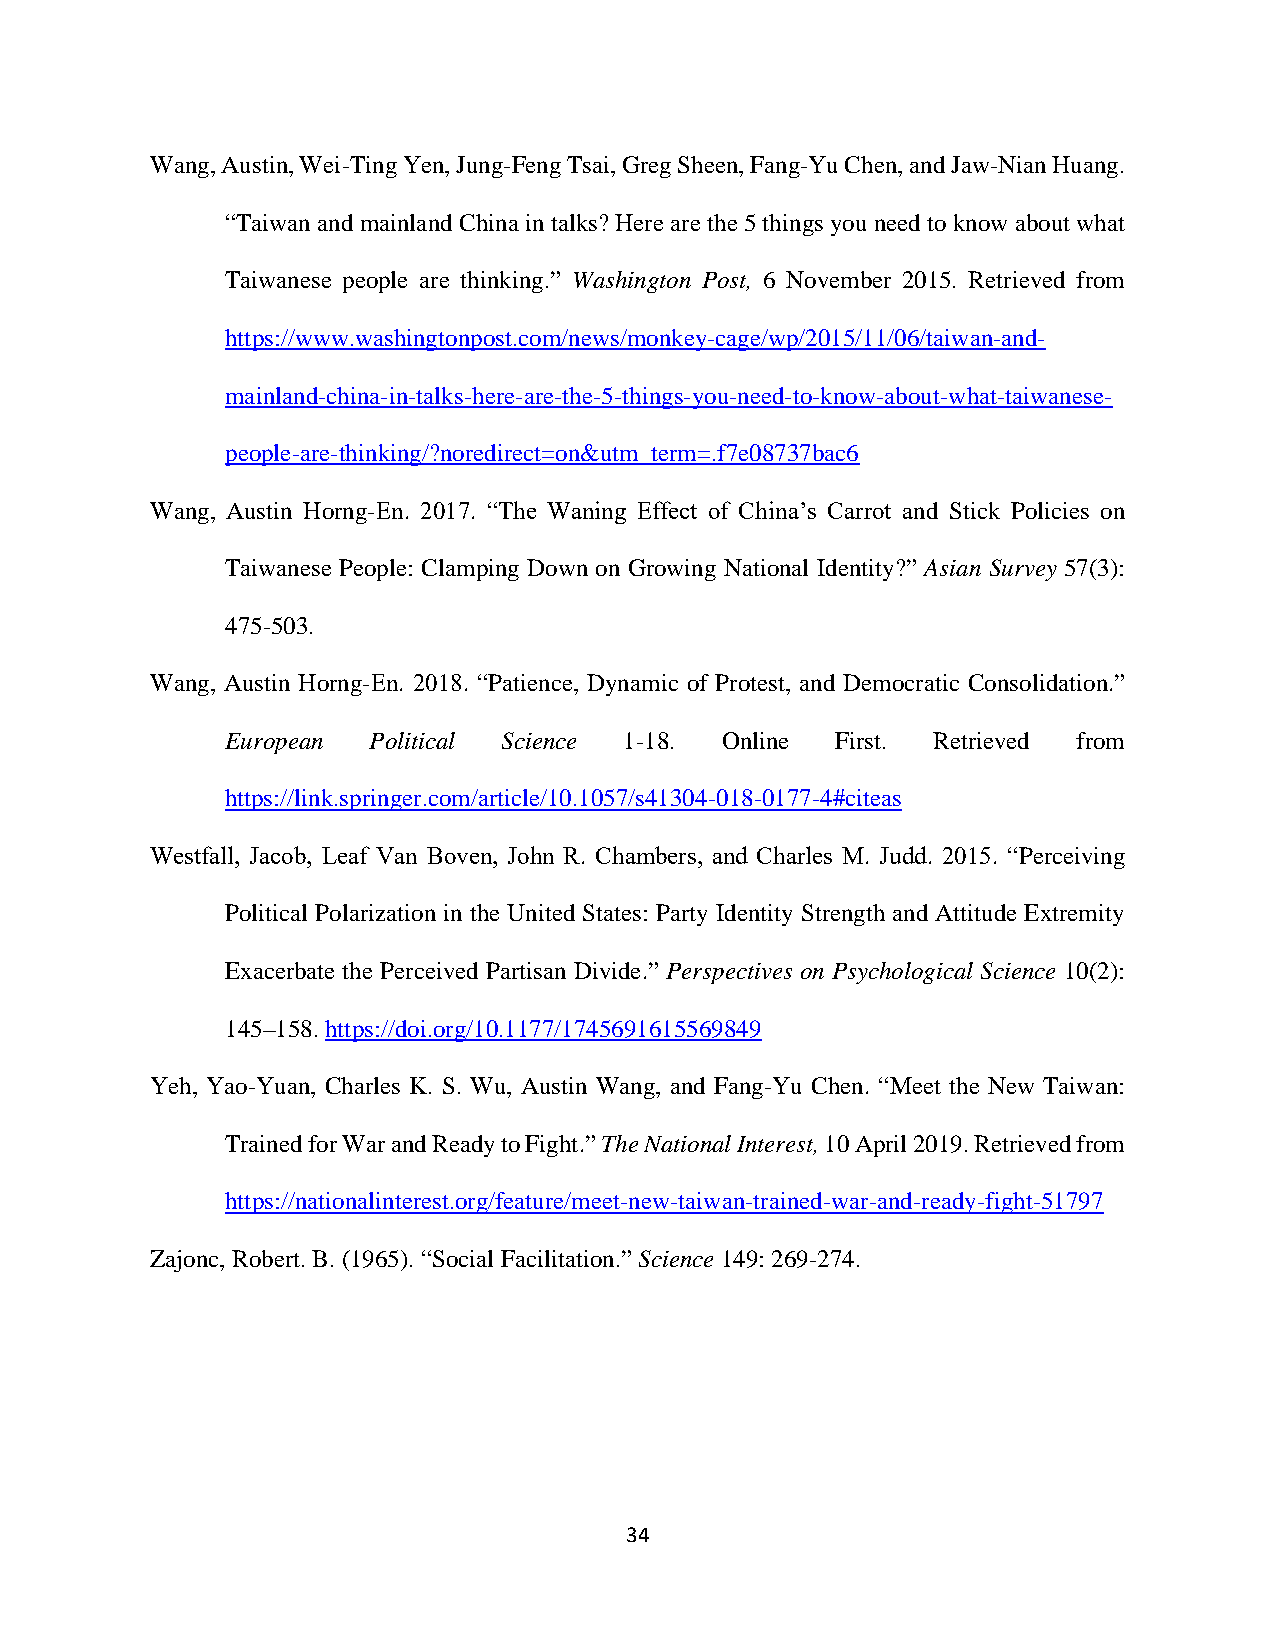
Wang, Austin, Wei-Ting Yen, Jung-Feng Tsai, Greg Sheen, Fang-Yu Chen, and Jaw-Nian Huang.
 “Taiwan and mainland China in talks? Here are the 5 things you need to know about what
 Taiwanese people are thinking.” Washington Post, 6 November 2015. Retrieved from
 https://www.washingtonpost.com/news/monkey-cage/wp/2015/11/06/taiwan-and-
 mainland-china-in-talks-here-are-the-5-things-you-need-to-know-about-what-taiwanese-
 people-are-thinking/?noredirect=on&utm_term=.f7e08737bac6
 Wang, Austin Horng-En. 2017. “The Waning Effect of China’s Carrot and Stick Policies on
 Taiwanese People: Clamping Down on Growing National Identity?” Asian Survey 57(3):
 475-503.
 Wang, Austin Horng-En. 2018. “Patience, Dynamic of Protest, and Democratic Consolidation.”
 European Political Science 1-18. Online First. Retrieved from
 https://link.springer.com/article/10.1057/s41304-018-0177-4#citeas
 Westfall, Jacob, Leaf Van Boven, John R. Chambers, and Charles M. Judd. 2015. “Perceiving
 Political Polarization in the United States: Party Identity Strength and Attitude Extremity
 Exacerbate the Perceived Partisan Divide.” Perspectives on Psychological Science 10(2):
 145–158. https://doi.org/10.1177/1745691615569849
 Yeh, Yao-Yuan, Charles K. S. Wu, Austin Wang, and Fang-Yu Chen. “Meet the New Taiwan:
 Trained for War and Ready to Fight.” The National Interest, 10 April 2019. Retrieved from
 https://nationalinterest.org/feature/meet-new-taiwan-trained-war-and-ready-fight-51797
 Zajonc, Robert. B. (1965). “Social Facilitation.” Science 149: 269-274.
 34